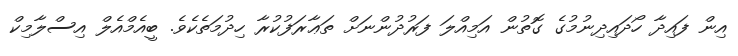
އިން ފައިދާ ހޯދައިދިނުމުގެ ގޮތުން އަމިއްލަ ފަރުދުންނަށް ތަޢާރަފުކުރާ ހިދުމަތެކެވެ. ބީއެމްއެލް އިސްލާމިކް